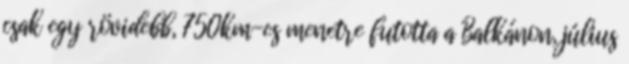
csak egy rövidebb, 750km-es menetre futotta a Balkánon, július